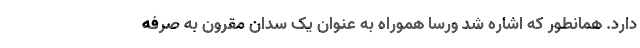
دارد. همانطور که اشاره شد ورسا هموراه به عنوان یک سدان مقرون به صرفه